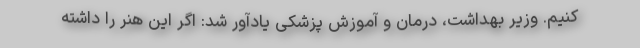
کنیم. وزیر بهداشت، درمان و آموزش پزشکی یادآور شد: اگر این هنر را داشته